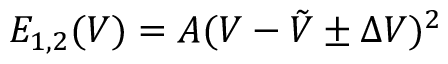
E _ { 1 , 2 } ( V ) = A ( V - \tilde { V } \pm \Delta V ) ^ { 2 }